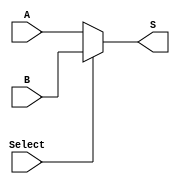
module MUX32_2(
A,B,Select,S
    );
    input [31:0] A,B;
    input Select;
    output [31:0] S;
    assign S = (Select==0) ? A:B;
endmodule